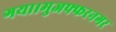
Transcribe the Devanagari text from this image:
गया।मुजफ्फरनगर